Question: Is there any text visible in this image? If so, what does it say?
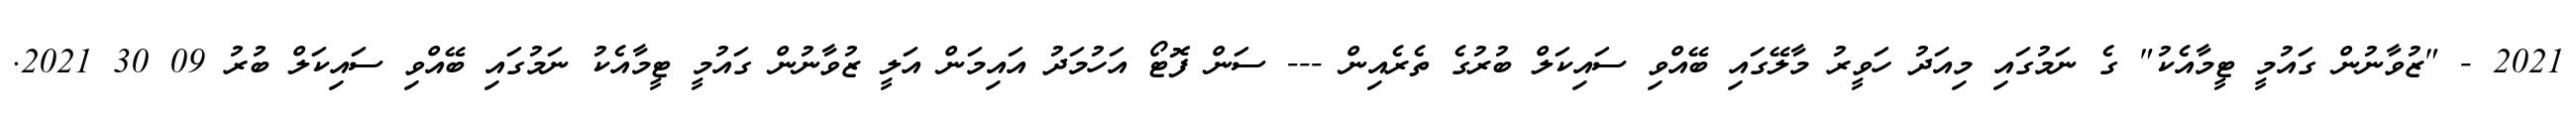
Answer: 2021 - "ޒުވާނުން ގައުމީ ޓީމާއެކު" ގެ ނަމުގައި މިއަދު ހަވީރު މާލޭގައި ބޭއްވި ސައިކަލް ބުރުގެ ތެރެއިން --- ސަން ފޮޓޯ އަހުމަދު އައިމަން އަލީ ޒުވާނުން ގައުމީ ޓީމާއެކު ނަމުގައި ބޭއްވި ސައިކަލް ބުރު 09 30 2021.